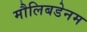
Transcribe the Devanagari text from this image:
मौलिबडेनम